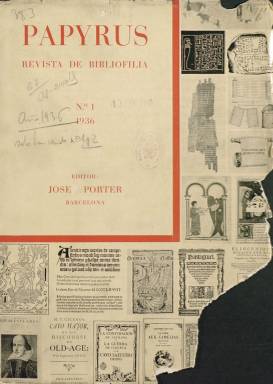
Título: Papyrus (Barcelona)
Colección: Libros
Ámbito geográfico: Barcelona
Lugar de publicación: Barcelona
Fechas: 01/01/1936-31/12/1936

Revista de bibliofilia, indica el subtítulo de esta publicación editada y dirigida por el destacado librero, bibliógrafo y bibliófilo catalán Josep Porter i Rovira (1901-1999), de la que fueron “pulcramente” impresas (Torrent: 1962) sólo dos entregas, en la barcelonesa Casa de Miquel Rius, durante el primer semestre de 1936, cesando al estallar la guerra civil española. Con una cubierta a dos colores, su formato es en 4º menor, con foliación continuada, compuesta a una y dos columnas y profusamente ilustrada con fotografías de reproducciones de portadas de libros, manuscritos, láminas, dibujos y otros objetos editoriales. Según su propia información administrativa, se hicieron tres tiradas de cada número, una popular o en rústica, otra limitada en lujoso papel couché mate y una tercera, también limitada, en papel Japón Imperial. Fue una revista de ámbito internacional, cuyos textos aparecen escritos en castellano, catalán y alguno en francés.

Su editor, que ya había editado previamente quince números del boletín El Bibliòfil català (1927) y dieciséis de El Bibliófilo español y americano (1934), cuyas colecciones también forman parte de la colección de la Biblioteca Nacional de España, y, en 1943, cofundará la Asociación de Bibliófilos de Barcelona, expresa en la presentación de Papyrus su intención de servir de “lazo de unión” y de “portavoz de los bibliófilos peninsulares y de los extranjeros”, y acogerá en las páginas de su revista artículos y noticias sobre ediciones antiguas e historia del libro, libros ilustrados catalanes o libros góticos de la Corona de Aragón, catálogos de obras, sobre la Biblioteca de D. Pere Anton d’Aragó, y sobre autógrafos, manuscritos o impresos de tarjetas de visita españolas del siglo XIX.

Cada número trimestral se abre con el índice o sumario, y en las dos entregas aparecen artículos de Manuel Rocamora, Emilio Cotarelo, Joan Sacs, Eduard Toda, José Luis de Ibarra y López de Calle, J. Peeters Fontainas, Claudio Rodríguez Porrero, Ferrán de Sagarra, Jaume Barrera, J. Gramunt, Joaquín Montaner, Ramón Esquerra y Juan Suñé Benages, publicando este último un trabajo sobre El Quijote en el Japón, en el que se reproducen cinco portadas de ediciones japonesas desde 1896.

También incluye dos páginas, una poética y otra humorística, y las secciones Noticiario; de Bibliografía (un catálogo de novedades); Bolsa del libro, en la que da cuenta, gratuitamente, de las ofertas y demandas de libros, autógrafos o dibujos de los propios suscriptores de la revista, y otra bajo el epígrafe Cuestionario, en la que informa sobre las consultas de sus suscriptores. En las últimas páginas inserta anuncios comerciales de editoriales, novedades bibliográficas o de librerías anticuarias.